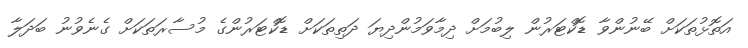
އަތޮޅުތަކަށް ބޭނުންވާ ޑޮކްޓަރުން ލިބުމަށް ދިމާވަމުންދިޔަ ދަތިތަކަށް ޑޮކްޓަރުންގެ މުސާރަތަކަށް ގެނެވުނު ބަދަލާ